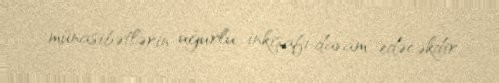
münasibətlərin uğurlu inkişafı davam edəcəkdir.